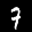
Label: 7